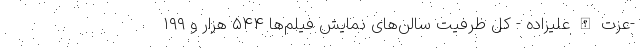
-عزت الله علیزاده - کل ظرفیت سالن‌های نمایش فیلم‌ها ۵۴۴ هزار و ۱۹۹